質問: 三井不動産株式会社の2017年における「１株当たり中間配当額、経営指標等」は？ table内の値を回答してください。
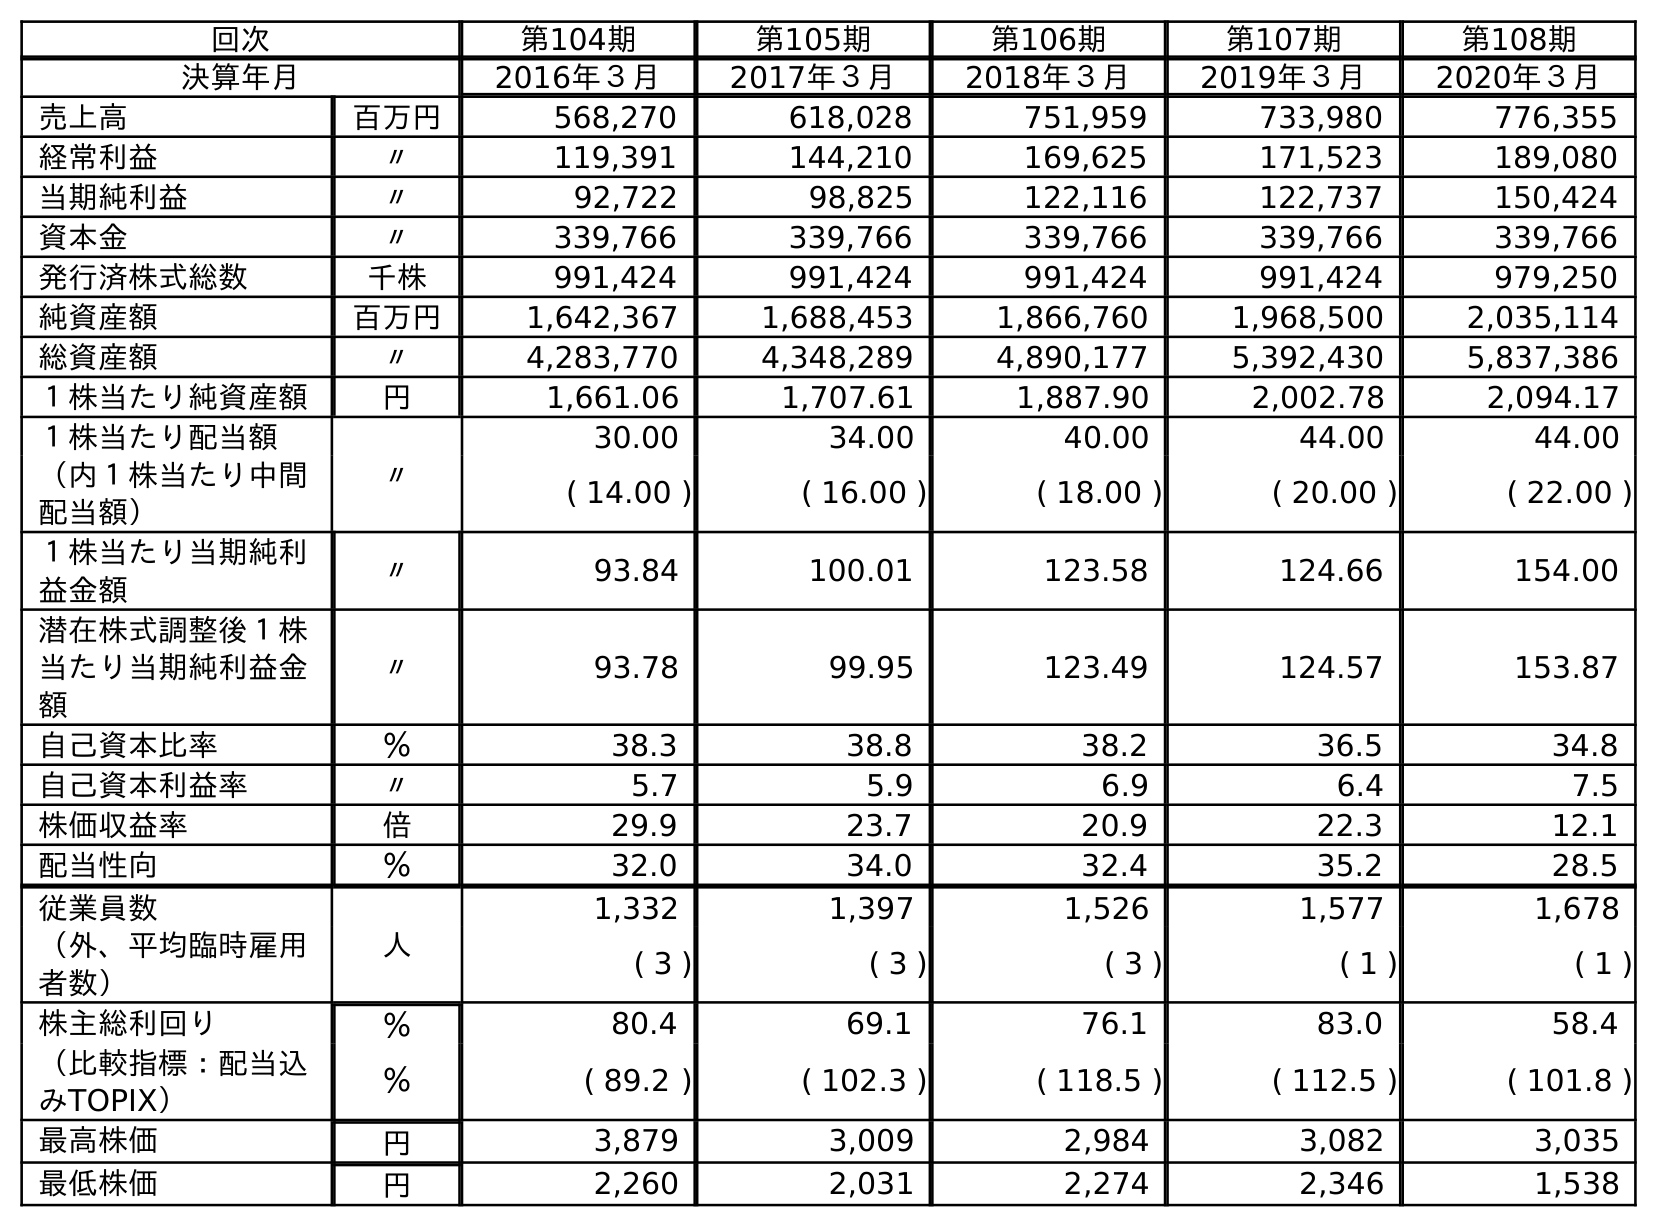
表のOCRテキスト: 回次 第104期 第105期 第106期 第107期 第108期 決算年月 2016年３月 2017年３月 2018年３月 2019年３月 2020年３月 売上高 百万円 568,270 618,028 751,959 733,980 776,355 経常利益 〃 119,391 144,210 169,625 171,523 189,080 当期純利益 〃 92,722 98,825 122,116 122,737 150,424 資本金 〃 339,766 339,766 339,766 339,766 339,766 発行済株式総数 千株 991,424 991,424 991,424 991,424 979,250 純資産額 百万円 1,642,367 1,688,453 1,866,760 1,968,500 2,035,114 総資産額 〃 4,283,770 4,348,289 4,890,177 5,392,430 5,837,386 １株当たり純資産額 円 1,661.06 1,707.61 1,887.90 2,002.78 2,094.17 １株当たり配当額 〃 30.00 34.00 40.00 44.00 44.00 （内１株当たり中間 配当額） ( 14.00 ) ( 16.00 ) ( 18.00 ) ( 20.00 ) ( 22.00 ) １株当たり当期純利 益金額 〃 93.84 100.01 123.58 124.66 154.00 潜在株式調整後１株 当たり当期純利益金 額 〃 93.78 99.95 123.49 124.57 153.87 自己資本比率 ％ 38.3 38.8 38.2 36.5 34.8 自己資本利益率 〃 5.7 5.9 6.9 6.4 7.5 株価収益率 倍 29.9 23.7 20.9 22.3 12.1 配当性向 ％ 32.0 34.0 32.4 35.2 28.5 従業員数 人 1,332 1,397 1,526 1,577 1,678 （外、平均臨時雇用 者数） ( 3 ) ( 3 ) ( 3 ) ( 1 ) ( 1 ) 株主総利回り ％ 80.4 69.1 76.1 83.0 58.4 （比較指標：配当込 みTOPIX） ％ ( 89.2 ) ( 102.3 ) ( 118.5 ) ( 112.5 ) ( 101.8 ) 最高株価 円 3,879 3,009 2,984 3,082 3,035 最低株価 円 2,260 2,031 2,274 2,346 1,538
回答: (16.00)